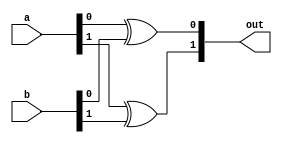
/**
 * This is written by Zhiyang Ong
 * and Andrew Mattheisen 
 */


// Design of the 2-bit 2-input XOR gate
module xor2_2bit (a, b, out);
	// Output vector for the design module
	output [1:0] out;
	
	
	
	
	
	// Input signals for the design module
	// Input vector
	input [1:0] a;
	// Another input vector
	input [1:0] b;
	
	
	
	
	
	// Declare "reg" signals... that will be assigned values
	reg [1:0] out;
	// Declare "wire" signals...
	// Defining constants: parameter [name_of_constant] = value;
	
	
	// Carry out the XOR operation on the 2 2-bit inputs
	always @(*)
	begin
		out[0]=a[0]^b[0];
		out[1]=a[1]^b[1];
		
	end
	
	
endmodule